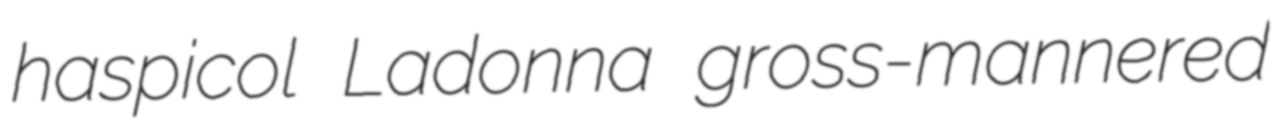
haspicol Ladonna gross-mannered